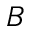
B